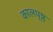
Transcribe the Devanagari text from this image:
कालपृष्ठ